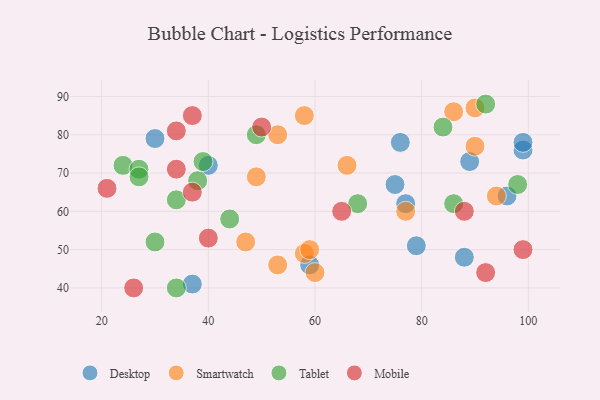
{"axis": {"x": "GDP", "y": "Life Expectancy"}, "legend": ["Desktop", "Mobile", "Smartwatch", "Tablet"], "data": [{"x": "59", "y": 46, "type": "Desktop"}, {"x": "99", "y": 76, "type": "Desktop"}, {"x": "96", "y": 64, "type": "Desktop"}, {"x": "37", "y": 41, "type": "Desktop"}, {"x": "30", "y": 79, "type": "Desktop"}, {"x": "75", "y": 67, "type": "Desktop"}, {"x": "76", "y": 78, "type": "Desktop"}, {"x": "79", "y": 51, "type": "Desktop"}, {"x": "88", "y": 48, "type": "Desktop"}, {"x": "99", "y": 78, "type": "Desktop"}, {"x": "40", "y": 72, "type": "Desktop"}, {"x": "77", "y": 62, "type": "Desktop"}, {"x": "89", "y": 73, "type": "Desktop"}, {"x": "53", "y": 46, "type": "Smartwatch"}, {"x": "58", "y": 49, "type": "Smartwatch"}, {"x": "77", "y": 60, "type": "Smartwatch"}, {"x": "49", "y": 69, "type": "Smartwatch"}, {"x": "66", "y": 72, "type": "Smartwatch"}, {"x": "60", "y": 44, "type": "Smartwatch"}, {"x": "58", "y": 85, "type": "Smartwatch"}, {"x": "94", "y": 64, "type": "Smartwatch"}, {"x": "53", "y": 80, "type": "Smartwatch"}, {"x": "47", "y": 52, "type": "Smartwatch"}, {"x": "90", "y": 77, "type": "Smartwatch"}, {"x": "90", "y": 87, "type": "Smartwatch"}, {"x": "86", "y": 86, "type": "Smartwatch"}, {"x": "59", "y": 50, "type": "Smartwatch"}, {"x": "92", "y": 88, "type": "Tablet"}, {"x": "38", "y": 68, "type": "Tablet"}, {"x": "98", "y": 67, "type": "Tablet"}, {"x": "24", "y": 72, "type": "Tablet"}, {"x": "30", "y": 52, "type": "Tablet"}, {"x": "34", "y": 40, "type": "Tablet"}, {"x": "86", "y": 62, "type": "Tablet"}, {"x": "84", "y": 82, "type": "Tablet"}, {"x": "49", "y": 80, "type": "Tablet"}, {"x": "68", "y": 62, "type": "Tablet"}, {"x": "39", "y": 73, "type": "Tablet"}, {"x": "44", "y": 58, "type": "Tablet"}, {"x": "34", "y": 63, "type": "Tablet"}, {"x": "27", "y": 71, "type": "Tablet"}, {"x": "27", "y": 69, "type": "Tablet"}, {"x": "50", "y": 82, "type": "Mobile"}, {"x": "34", "y": 81, "type": "Mobile"}, {"x": "26", "y": 40, "type": "Mobile"}, {"x": "99", "y": 50, "type": "Mobile"}, {"x": "92", "y": 44, "type": "Mobile"}, {"x": "34", "y": 71, "type": "Mobile"}, {"x": "65", "y": 60, "type": "Mobile"}, {"x": "88", "y": 60, "type": "Mobile"}, {"x": "40", "y": 53, "type": "Mobile"}, {"x": "37", "y": 85, "type": "Mobile"}, {"x": "21", "y": 66, "type": "Mobile"}, {"x": "37", "y": 65, "type": "Mobile"}]}